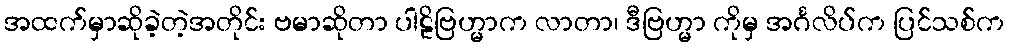
အထက်မှာဆိုခဲ့တဲ့အတိုင်း ဗမာဆိုတာ ပါဠိဗြဟ္မာက လာတာ၊ ဒီဗြဟ္မာ ကိုမှ အင်္ဂလိပ်က ပြင်သစ်က